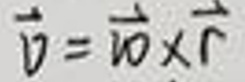
$\vec{v}=\vec{\omega}\times\vec{r}$